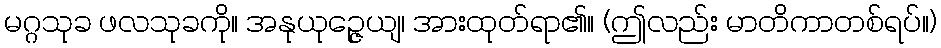
မဂ္ဂသုခ ဖလသုခကို။ အနုယုဉ္ဇေယျ၊ အားထုတ်ရာ၏။ (ဤလည်း မာတိကာတစ်ရပ်။)